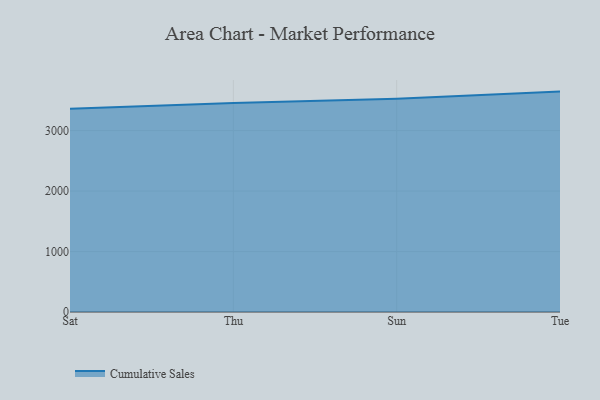
{"axis": {"x": "Day", "y": "Energy Usage (MWh)"}, "legend": ["Cumulative Sales"], "data": [{"x": "Sat", "y": 3362.7, "type": "Cumulative Sales"}, {"x": "Thu", "y": 3457.1, "type": "Cumulative Sales"}, {"x": "Sun", "y": 3525.3, "type": "Cumulative Sales"}, {"x": "Tue", "y": 3645.0, "type": "Cumulative Sales"}]}